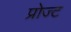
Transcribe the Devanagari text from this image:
प्रोज्ट